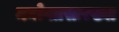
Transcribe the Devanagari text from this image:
मनोगतसारख्या